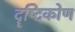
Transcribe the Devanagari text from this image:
दॄष्‍टिकोण